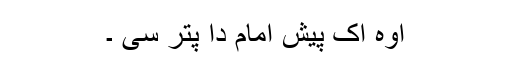
اوہ اک پیش امام دا پتر سی ۔